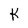
Character: K